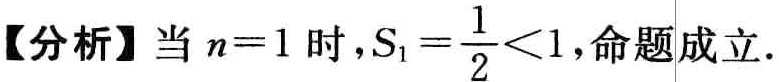
【分析】当 \(n = 1\) 时，\(S_{1}=\frac{1}{2}<1\)，命题成立.